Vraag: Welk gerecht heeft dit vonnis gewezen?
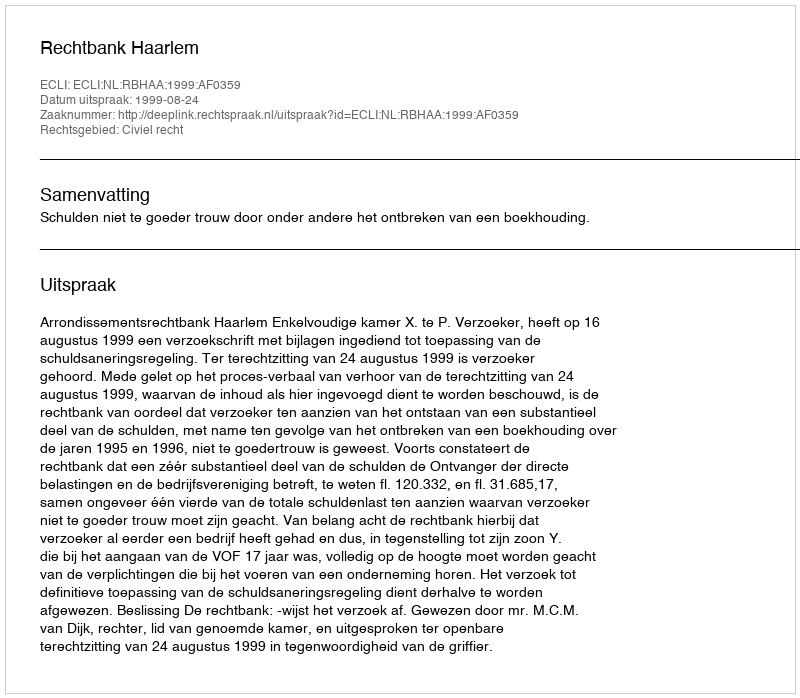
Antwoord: Rechtbank Haarlem